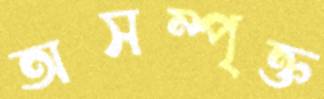
অসম্পৃক্ত